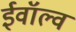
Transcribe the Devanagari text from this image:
ईवॉल्व